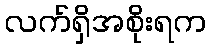
လက်ရှိအစိုးရက